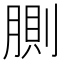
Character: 𰮸